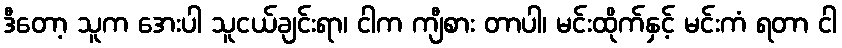
ဒီတော့ သူက အေးပါ သူငယ်ချင်းရာ၊ ငါက ကျီစား တာပါ၊ မင်းထိုက်နှင့် မင်းကံ ရတာ ငါ